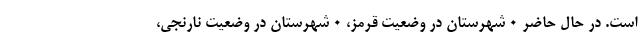
است. در حال حاضر ۰ شهرستان در وضعیت قرمز، ۰ شهرستان در وضعیت نارنجی،